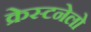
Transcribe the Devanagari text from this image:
क्रेस्टनेलो